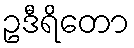
ဥဒီရိတော